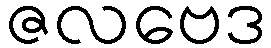
ဇလဗေဒ